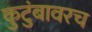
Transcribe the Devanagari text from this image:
कुटुंबावरच